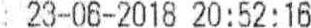
: 23-06-2018 20:52:16